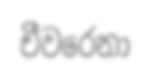
චීවරෙනා